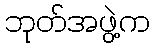
ဘုတ်အဖွဲ့က